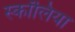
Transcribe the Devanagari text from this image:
स्कॉलिया